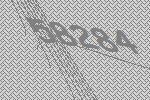
58284